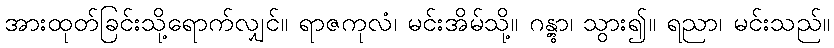
အားထုတ်ခြင်းသို့ရောက်လျှင်။ ရာဇကုလံ၊ မင်းအိမ်သို့။ ဂန္တွာ၊ သွား၍။ ရညာ၊ မင်းသည်။